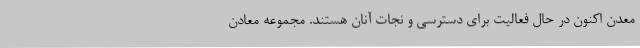
معدن اکنون در حال فعالیت برای دسترسی و نجات آنان هستند. مجموعه معادن